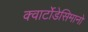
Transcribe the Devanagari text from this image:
क्वार्टोडेसिमानो